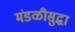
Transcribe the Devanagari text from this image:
मंडळीसुद्धा